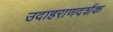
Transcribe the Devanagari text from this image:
उदाहराणदर्शक